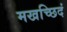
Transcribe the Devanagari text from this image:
मखच्छिदं